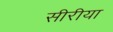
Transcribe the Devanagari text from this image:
सीरीया